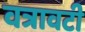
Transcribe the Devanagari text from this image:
वत्रावटी